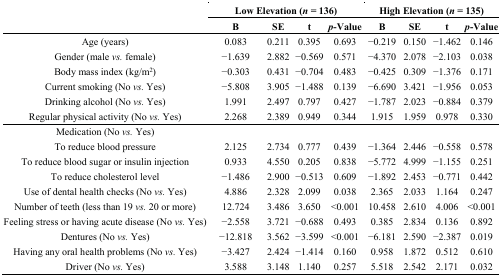
<table><thead><tr><td rowspan="2"></td><td colspan="4"><b>Low Elevation (<i>n</i> = 136)</b></td><td colspan="4"><b>High Elevation (<i>n</i> = 135)</b></td></tr><tr><td><b>B</b></td><td><b>SE</b></td><td><b>t</b></td><td><b><i>p</i>-Value</b></td><td><b>B</b></td><td><b>SE</b></td><td><b>t</b></td><td><b><i>p</i>-Value</b></td></tr></thead><tbody><tr><td>Age (years)</td><td>0.083</td><td>0.211</td><td>0.395</td><td>0.693</td><td>−0.219</td><td>0.150</td><td>−1.462</td><td>0.146</td></tr><tr><td>Gender (male <i>vs.</i> female)</td><td>−1.639</td><td>2.882</td><td>−0.569</td><td>0.571</td><td>−4.370</td><td>2.078</td><td>−2.103</td><td>0.038</td></tr><tr><td>Body mass index (kg/m<sup>2</sup>)</td><td>−0.303</td><td>0.431</td><td>−0.704</td><td>0.483</td><td>−0.425</td><td>0.309</td><td>−1.376</td><td>0.171</td></tr><tr><td>Current smoking (No <i>vs.</i> Yes)</td><td>−5.808</td><td>3.905</td><td>−1.488</td><td>0.139</td><td>−6.690</td><td>3.421</td><td>−1.956</td><td>0.053</td></tr><tr><td>Drinking alcohol (No <i>vs.</i> Yes)</td><td>1.991</td><td>2.497</td><td>0.797</td><td>0.427</td><td>−1.787</td><td>2.023</td><td>−0.884</td><td>0.379</td></tr><tr><td>Regular physical activity (No <i>vs.</i> Yes)</td><td>2.268</td><td>2.389</td><td>0.949</td><td>0.344</td><td>1.915</td><td>1.959</td><td>0.978</td><td>0.330</td></tr><tr><td>Medication (No <i>vs.</i> Yes)</td><td></td><td></td><td></td><td></td><td></td><td></td><td></td><td></td></tr><tr><td>To reduce blood pressure</td><td>2.125</td><td>2.734</td><td>0.777</td><td>0.439</td><td>−1.364</td><td>2.446</td><td>−0.558</td><td>0.578</td></tr><tr><td>To reduce blood sugar or insulin injection</td><td>0.933</td><td>4.550</td><td>0.205</td><td>0.838</td><td>−5.772</td><td>4.999</td><td>−1.155</td><td>0.251</td></tr><tr><td>To reduce cholesterol level</td><td>−1.486</td><td>2.900</td><td>−0.513</td><td>0.609</td><td>−1.892</td><td>2.453</td><td>−0.771</td><td>0.442</td></tr><tr><td>Use of dental health checks (No <i>vs.</i> Yes)</td><td>4.886</td><td>2.328</td><td>2.099</td><td>0.038</td><td>2.365</td><td>2.033</td><td>1.164</td><td>0.247</td></tr><tr><td>Number of teeth (less than 19 <i>vs.</i> 20 or more)</td><td>12.724</td><td>3.486</td><td>3.650</td><td>&lt;0.001</td><td>10.458</td><td>2.610</td><td>4.006</td><td>&lt;0.001</td></tr><tr><td>Feeling stress or having acute disease (No <i>vs.</i> Yes)</td><td>−2.558</td><td>3.721</td><td>−0.688</td><td>0.493</td><td>0.385</td><td>2.834</td><td>0.136</td><td>0.892</td></tr><tr><td>Dentures (No<i>vs.</i> Yes)</td><td>−12.818</td><td>3.562</td><td>−3.599</td><td>&lt;0.001</td><td>−6.181</td><td>2.590</td><td>−2.387</td><td>0.019</td></tr><tr><td>Having any oral health problems (No <i>vs.</i> Yes)</td><td>−3.427</td><td>2.424</td><td>−1.414</td><td>0.160</td><td>0.958</td><td>1.872</td><td>0.512</td><td>0.610</td></tr><tr><td>Driver (No <i>vs.</i> Yes)</td><td>3.588</td><td>3.148</td><td>1.140</td><td>0.257</td><td>5.518</td><td>2.542</td><td>2.171</td><td>0.032</td></tr></tbody></table>